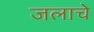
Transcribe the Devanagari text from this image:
जलाचे